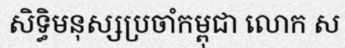
សិទ្ធិមនុស្សប្រចាំកម្ពុជា លោក ស